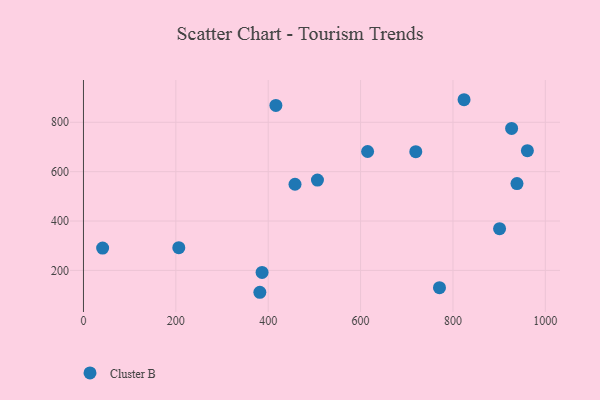
{"axis": {"x": "Experience", "y": "Sales"}, "legend": ["Cluster B"], "data": [{"x": "506.6", "y": 565.8, "type": "Cluster B"}, {"x": "938.6", "y": 551.8, "type": "Cluster B"}, {"x": "927.0", "y": 775.3, "type": "Cluster B"}, {"x": "770.8", "y": 129.9, "type": "Cluster B"}, {"x": "961.1", "y": 685.1, "type": "Cluster B"}, {"x": "386.7", "y": 191.8, "type": "Cluster B"}, {"x": "381.9", "y": 111.4, "type": "Cluster B"}, {"x": "206.4", "y": 292.0, "type": "Cluster B"}, {"x": "900.9", "y": 369.0, "type": "Cluster B"}, {"x": "719.5", "y": 680.8, "type": "Cluster B"}, {"x": "458.0", "y": 549.0, "type": "Cluster B"}, {"x": "416.6", "y": 868.5, "type": "Cluster B"}, {"x": "41.5", "y": 290.4, "type": "Cluster B"}, {"x": "824.0", "y": 891.4, "type": "Cluster B"}, {"x": "615.2", "y": 681.6, "type": "Cluster B"}]}